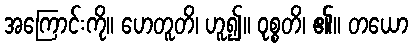
အကြောင်းကို။ ဟေတူတိ၊ ဟူ၍။ ဝုစ္စတိ၊ ၏။ တယော